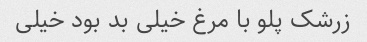
زرشک پلو با مرغ خیلی بد بود خیلی